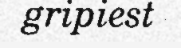
gripiest